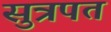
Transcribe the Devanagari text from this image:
सुत्रपत